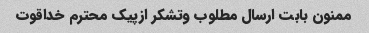
ممنون بابت ارسال مطلوب وتشکر ازپیک محترم خداقوت